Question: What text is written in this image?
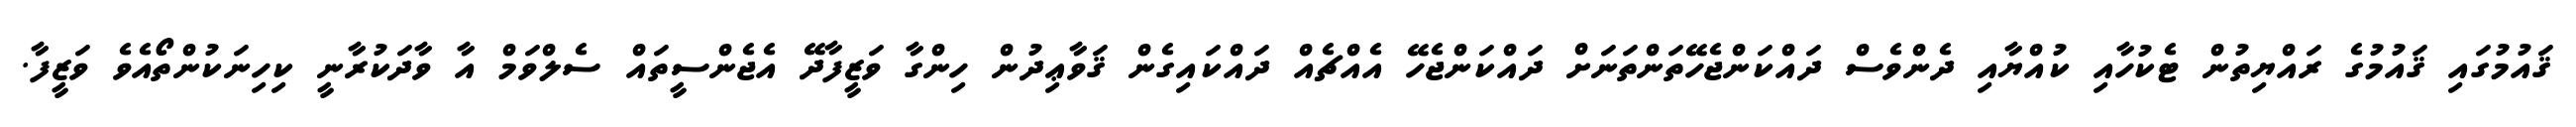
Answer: ޤައުމުގައި ޤައުމުގެ ރައްޔިތުން ޓެކުހާއި ކުއްޔާއި ދެންވެސް ދައްކަންޖެހޭތަންތަނަށް ދައްކަންޖެހޭ އެއްޗެއް ދައްކައިގެން ޤަވާޢިދުން ހިންގާ ވަޒީފާދޭ އެޖެންސީތައް ސެލްވަމް އާ ވާދަކުރާނީ ކިހިނަކުންތޯއެވެ ވަޒީފާ.